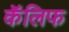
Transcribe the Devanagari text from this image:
कॅलिफ